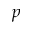
p